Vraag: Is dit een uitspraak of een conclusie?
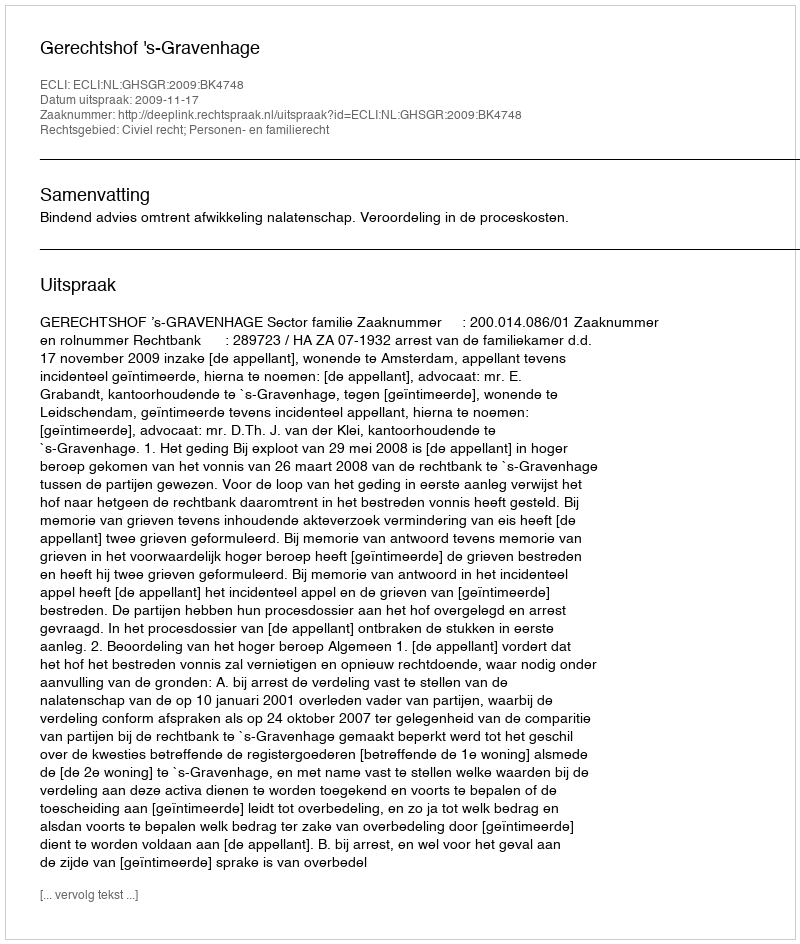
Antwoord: Uitspraak